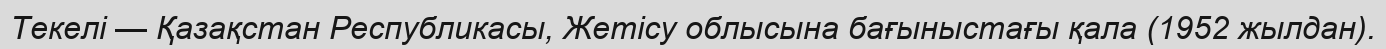
Текелі — Қазақстан Республикасы, Жетісу облысына бағыныстағы қала (1952 жылдан).